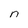
Character: n